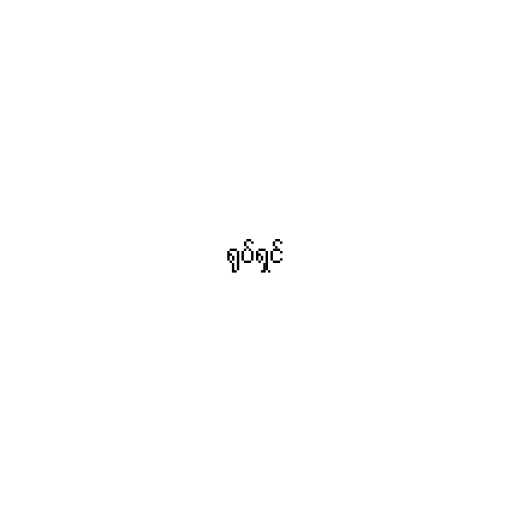
ရုပ်ရှင်